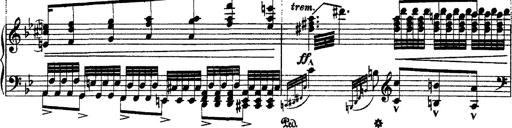
Title: Ã‰tudes d'exÃ©cution transcendante d'aprÃ¨s Paganini
Composer: Franz Liszt